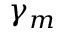
\gamma _ { m }